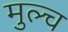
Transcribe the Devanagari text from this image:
मुल्च